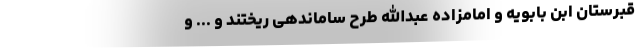
قبرستان ابن بابویه و امامزاده عبدالله طرح ساماندهی ریختند و ... و